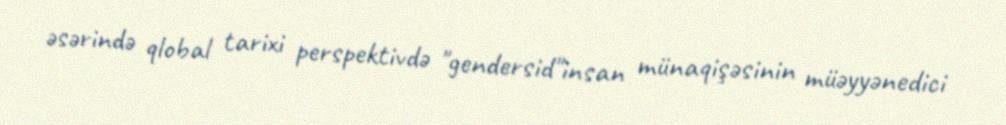
əsərində qlobal tarixi perspektivdə "gendersid"insan münaqişəsinin müəyyənedici